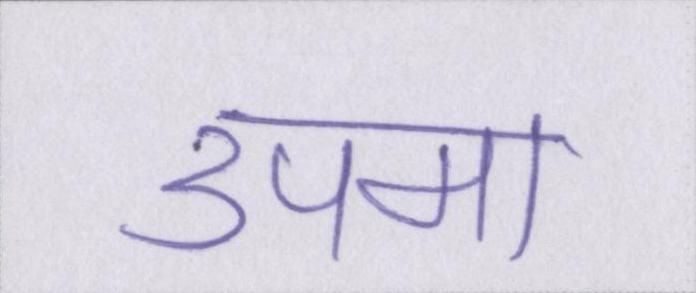
उपमा